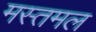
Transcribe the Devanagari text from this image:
मस्तमल